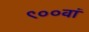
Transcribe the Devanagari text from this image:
९००वां